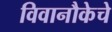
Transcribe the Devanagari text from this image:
विवानौकेचे